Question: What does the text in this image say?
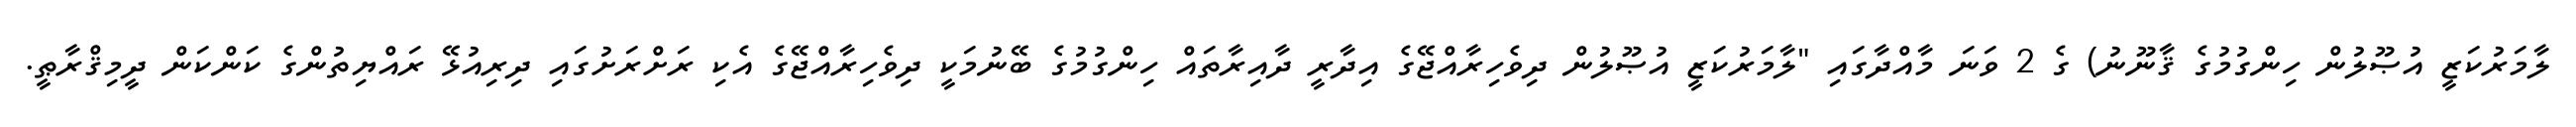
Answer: ލާމަރުކަޒީ އުޞޫލުން ހިންގުމުގެ ޤާނޫނު) ގެ 2 ވަނަ މާއްދާގައި "ލާމަރުކަޒީ އުޞޫލުން ދިވެހިރާއްޖޭގެ އިދާރީ ދާއިރާތައް ހިންގުމުގެ ބޭނުމަކީ ދިވެހިރާއްޖޭގެ އެކި ރަށްރަށުގައި ދިރިއުޅޭ ރައްޔިތުންގެ ކަންކަން ދީމިޤްރާޠީ.